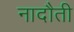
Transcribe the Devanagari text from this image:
नादौती